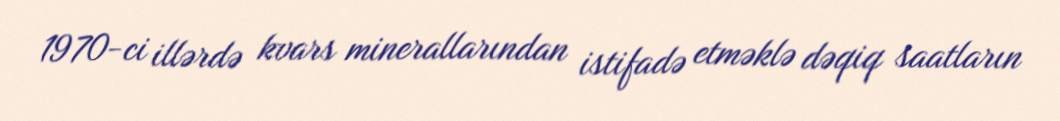
1970-ci illərdə kvars minerallarından istifadə etməklə dəqiq saatların